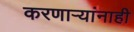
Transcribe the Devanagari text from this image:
करणाऱ्यांनाही